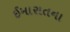
ઈમારાતના